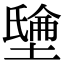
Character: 𡑘